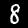
Digit: 8